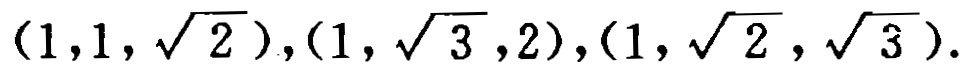
$(1,1,\sqrt{2}),(1,\sqrt{3},2),(1,\sqrt{2},\sqrt{3}).$